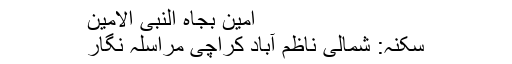
اٰمین بجاہ النبی الامین
سکنہ: شمالی ناظم آباد کراچی مراسلہ نگار